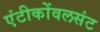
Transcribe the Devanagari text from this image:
एंटीकोंवलसंट